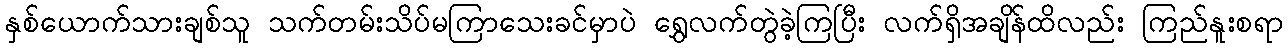
နှစ်ယောက်သားချစ်သူ သက်တမ်းသိပ်မကြာသေးခင်မှာပဲ ရွှေလက်တွဲခဲ့ကြပြီး လက်ရှိအချိန်ထိလည်း ကြည်နူးစရာ